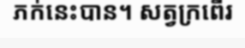
ភក់នេះបាន។ សត្វក្រពើរ